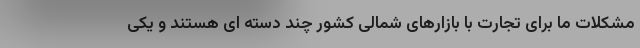
مشکلات ما برای تجارت با بازارهای شمالی کشور چند دسته ای هستند و یکی